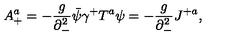
A _ { + } ^ { a } = - { \frac { g } { \partial _ { - } ^ { 2 } } } \bar { \psi } \gamma ^ { + } T ^ { a } \psi = - { \frac { g } { \partial _ { - } ^ { 2 } } } J ^ { + a } ,